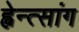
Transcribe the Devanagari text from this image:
ह्वेन्त्सांग